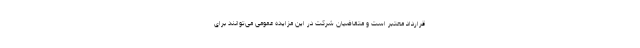
قرارداد معتبر است و متقاضیان شرکت در این مزایده عمومی می‌توانند برای